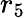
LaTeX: r_{5}